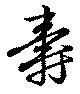
寿